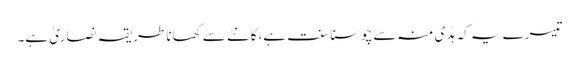
تیسرے یہ کہ ہڈی منہ سے چوسنا سنت ہے،کانٹے سے کھانا طریقہ نصاریٰ ہے۔